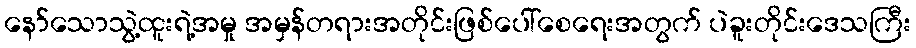
နော်သောသွဲ့ထူးရဲ့အမှု အမှန်တရားအတိုင်းဖြစ်ပေါ်စေရေးအတွက် ပဲခူးတိုင်းဒေသကြီး